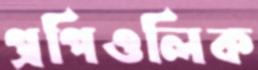
প্রপিওলিক